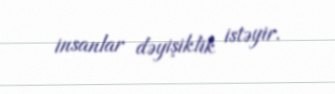
insanlar dəyişiklik istəyir.